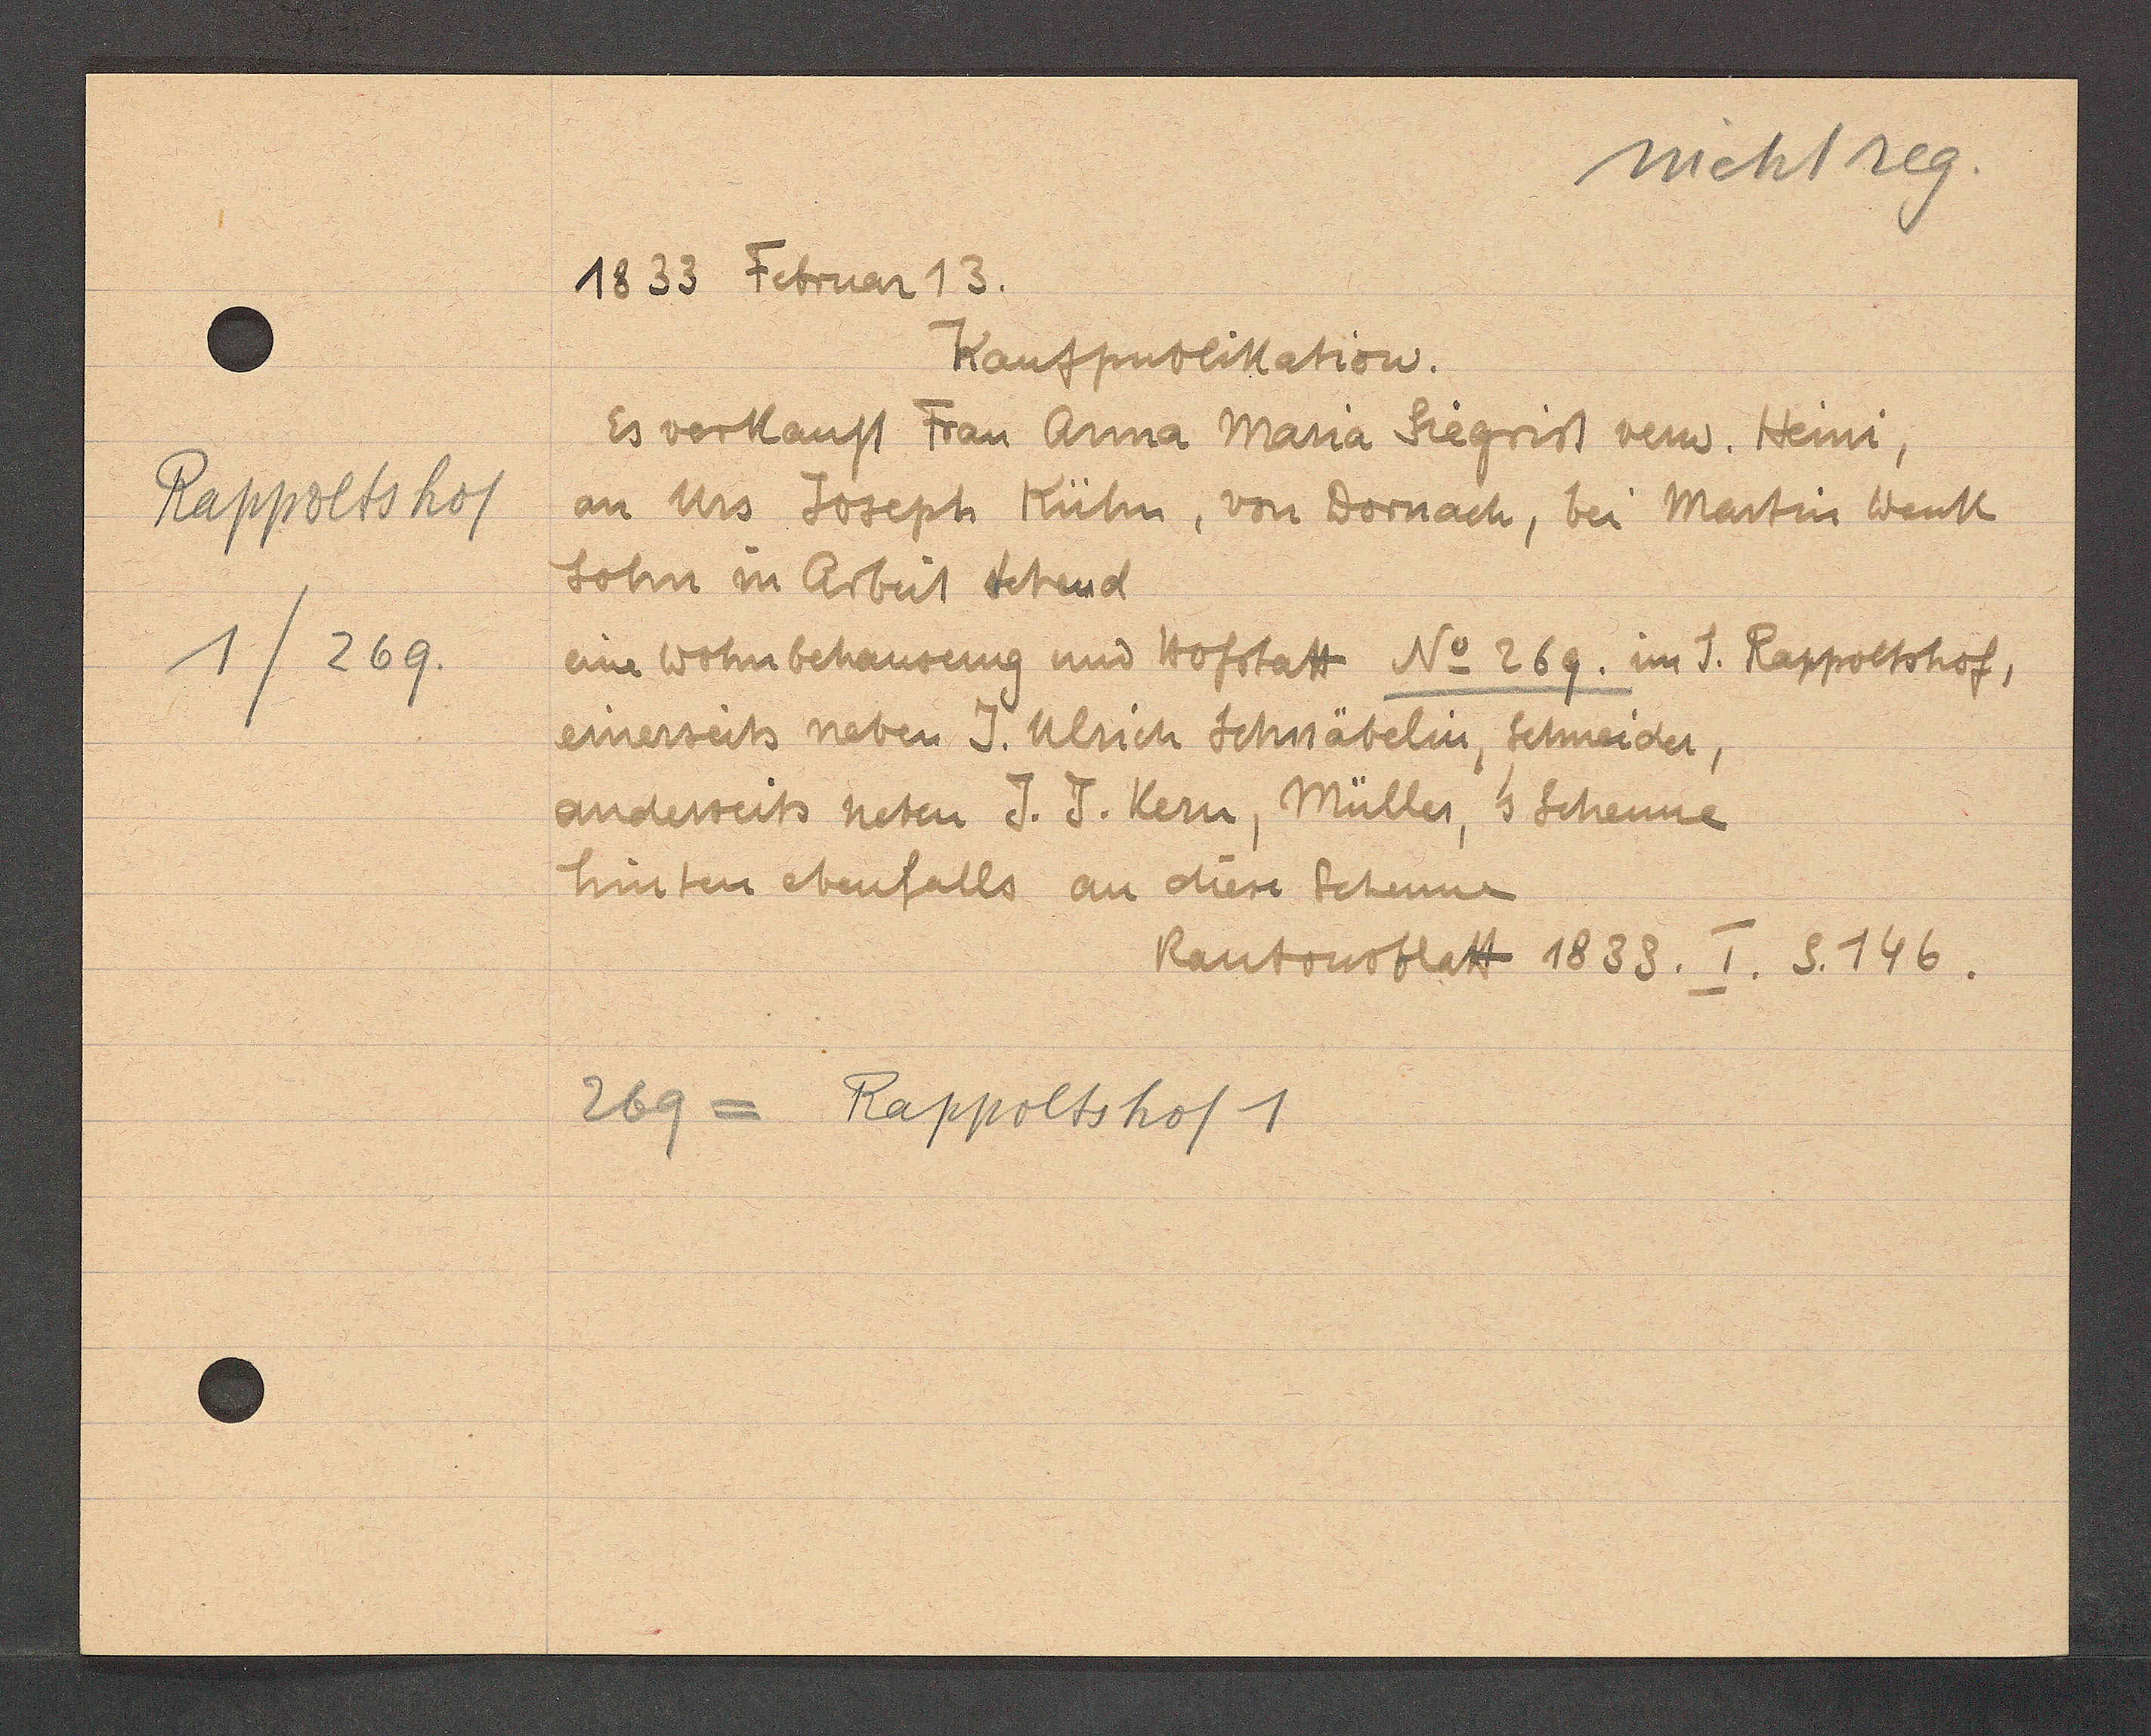
Transcript:
Rappoltshof
1/269.

1833 Februar 13.

Kaufpublikation.
Es verkauft Frau Anna Mara Siegrist verw. Heini,
an Urs Joseph Kühn, von Dornach, bei Martin Wenk
Sohn in Arbeit stehend
eine Wohnbehausung und Hofstatt No 269. im S. Rappoltshof,
einerseits neben J. Ulrich Schnäbelin, Schmeider,
anderseits neben J. J. Kern, Müller, s Scheune
hinten ebenfalls an diese Scheune

269 = Rappoltshof 1

Kantonsblatt 1833. I. S. 146.